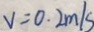
V = 0 . 2 m / s